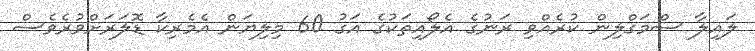
ލައިލާ ސްމަގްލިން ކުރެއްވި ރަނުގެ އެލޯއިތަކުގެ އަގު 60 މިލިޔަން އެމެރިކާ ޑޮލަރަށްވުރެވެސް